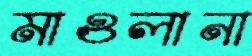
মাওলানা